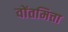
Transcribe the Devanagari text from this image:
वोंतमित्ता